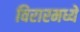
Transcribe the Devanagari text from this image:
विरारमध्ये